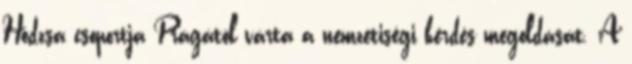
Hodzsa csoportja Prágától várta a nemzetiségi kérdés megoldását. A